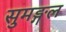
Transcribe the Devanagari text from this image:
सुमङ्गल